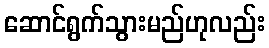
ဆောင်ရွက်သွားမည်ဟုလည်း